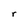
Character: r